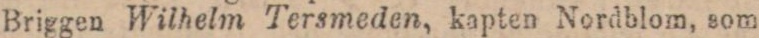
Briggen Wilhelm Tersmeden, kapten Nordblom, som